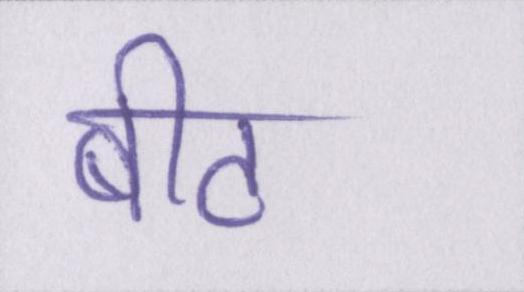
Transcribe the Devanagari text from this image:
बीट